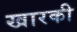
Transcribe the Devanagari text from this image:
खारकी